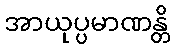
အာယုပ္ပမာဏန္တိ